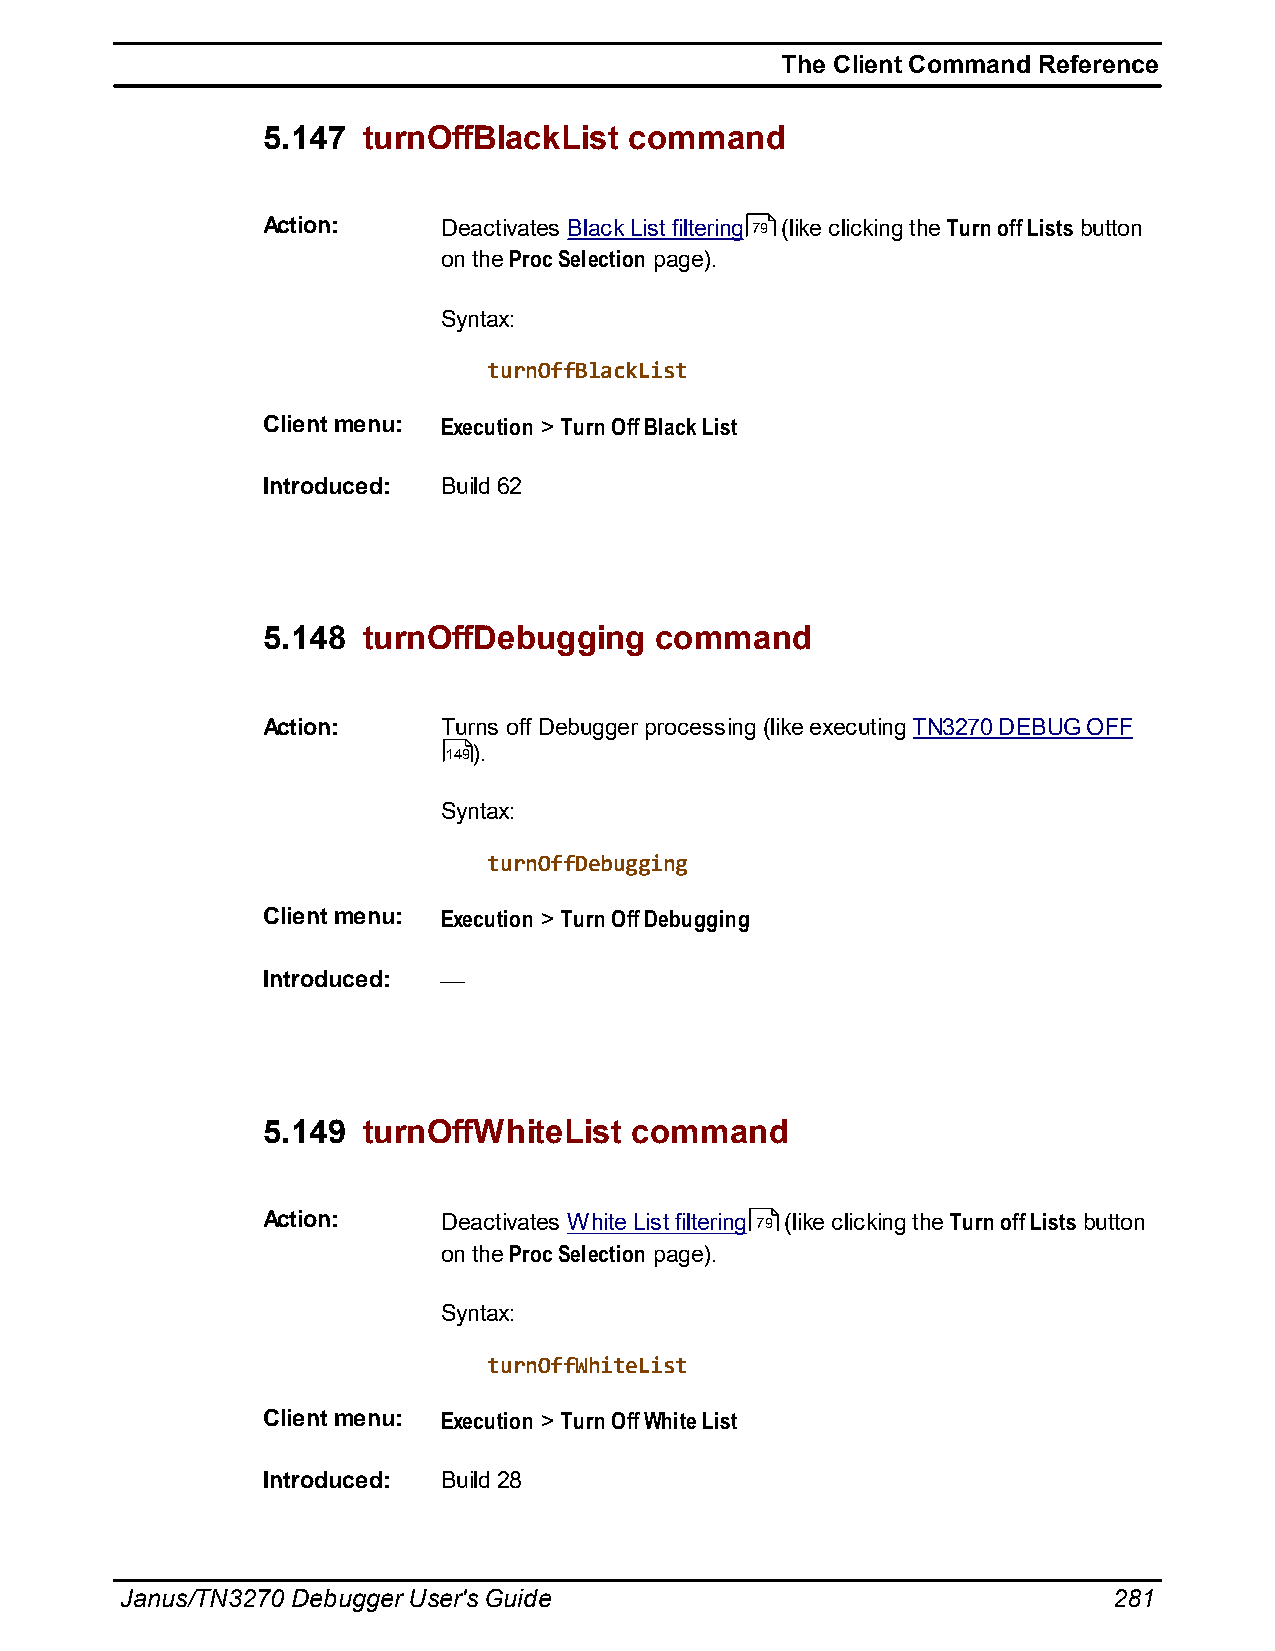
The Client Command Reference
 5.147  turnOffBlackList  command
 Action:     Deactivates Black List filtering 79 (like clicking the Turn off Lists button
 on the Proc Selection page).
 Syntax:
 turnOffBlackList
 Client menu: Execution > Turn Off Black List
 Introduced: Build 62
 5.148  turnOffDebugging   command
 Action:     Turns off Debugger processing (like executing TN3270 DEBUG OFF
 149).
 Syntax:
 turnOffDebugging
 Client menu: Execution > Turn Off Debugging
 Introduced:
 5.149  turnOffWhiteList  command
 Action:     Deactivates White List filtering 79 (like clicking the Turn off Lists button
 on the Proc Selection page).
 Syntax:
 turnOffWhiteList
 Client menu: Execution > Turn Off White List
 Introduced: Build 28
 Janus/TN3270 Debugger User's Guide                                281